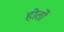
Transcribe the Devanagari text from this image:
होतों